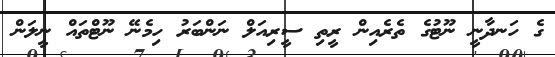
ގެ ހަނދާނީ ނޫޓުގެ ތެރެއިން ރީތި ސީރިއަލް ނަންބަރު ހިމެނޭ ނޫޓްތައް ނީލަން